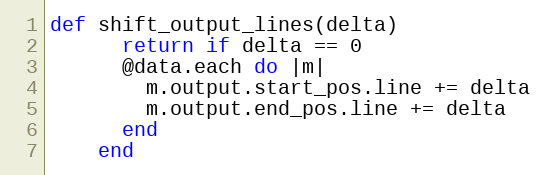
Language: Ruby
def shift_output_lines(delta)
      return if delta == 0
      @data.each do |m|
        m.output.start_pos.line += delta
        m.output.end_pos.line += delta
      end
    end